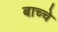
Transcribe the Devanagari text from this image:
बाच्चे